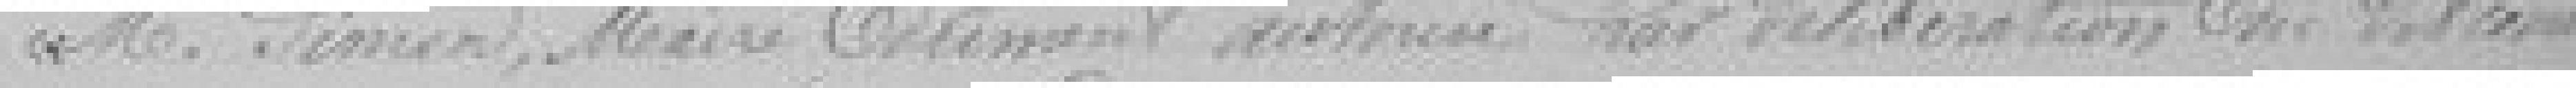
M. Simon, Maire dûment autorisé par délibération du Conseil